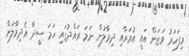
މިފަހަރު ވަޒަން އައީ އުމަރާއި ދިމާލުން ނަމަ ރައްދުގައި ހަމަ ސީދާ އެދިމާލަށް